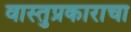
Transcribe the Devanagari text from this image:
वास्तुप्रकाराचा